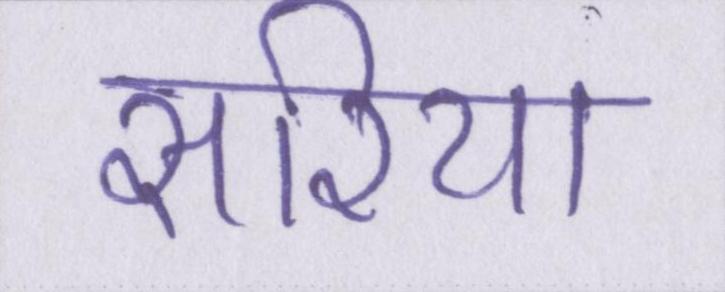
सरिया